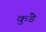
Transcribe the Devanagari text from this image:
कुंडेे